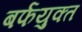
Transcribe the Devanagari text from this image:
बर्फयुक्त